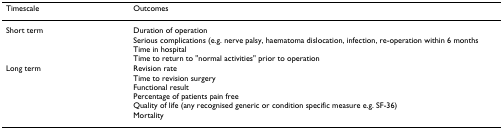
<table><thead><tr><td><b>Timescale</b></td><td><b>Outcomes</b></td></tr></thead><tbody><tr><td>Short term</td><td>Duration of operationSerious complications (e.g. nerve palsy, haematoma dislocation, infection, re-operation within 6 monthsTime in hospitalTime to return to &quot;normal activities&quot; prior to operation</td></tr><tr><td>Long term</td><td>Revision rateTime to revision surgeryFunctional resultPercentage of patients pain freeQuality of life (any recognised generic or condition specific measure e.g. SF-36)Mortality</td></tr></tbody></table>